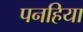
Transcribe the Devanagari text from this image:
पनहिया